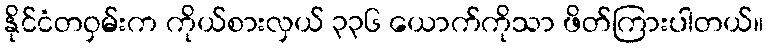
နိုင်ငံတဝှမ်းက ကိုယ်စားလှယ် ၃၃၆ ယောက်ကိုသာ ဖိတ်ကြားပါတယ်။